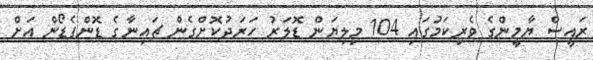
ރައީސް ޔާމީންގެ ވެރިކަމުގައި 104 މިލިޔަން ޑޮލަރު ހަރަދުކޮށްގެން ޗައިނާގެ ޑޮންފެޑޯން އަށް